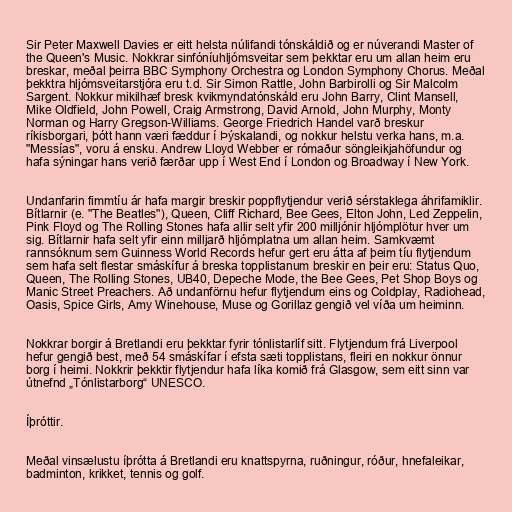
Sir Peter Maxwell Davies er eitt helsta núlifandi tónskáldið og er núverandi Master of
the Queen's Music. Nokkrar sinfóníuhljómsveitar sem þekktar eru um allan heim eru
breskar, meðal þeirra BBC Symphony Orchestra og London Symphony Chorus. Meðal
þekktra hljómsveitarstjóra eru t.d. Sir Simon Rattle, John Barbirolli og Sir Malcolm
Sargent. Nokkur mikilhæf bresk kvikmyndatónskáld eru John Barry, Clint Mansell,
Mike Oldfield, John Powell, Craig Armstrong, David Arnold, John Murphy, Monty
Norman og Harry Gregson-Williams. George Friedrich Handel varð breskur
ríkisborgari, þótt hann væri fæddur í Þýskalandi, og nokkur helstu verka hans, m.a.
"Messías", voru á ensku. Andrew Lloyd Webber er rómaður söngleikjahöfundur og
hafa sýningar hans verið færðar upp í West End í London og Broadway í New York.

Undanfarin fimmtíu ár hafa margir breskir poppflytjendur verið sérstaklega áhrifamiklir.
Bítlarnir (e. "The Beatles"), Queen, Cliff Richard, Bee Gees, Elton John, Led Zeppelin,
Pink Floyd og The Rolling Stones hafa allir selt yfir 200 milljónir hljómplötur hver um
sig. Bítlarnir hafa selt yfir einn milljarð hljómplatna um allan heim. Samkvæmt
rannsóknum sem Guinness World Records hefur gert eru átta af þeim tíu flytjendum
sem hafa selt flestar smáskífur á breska topplistanum breskir en þeir eru: Status Quo,
Queen, The Rolling Stones, UB40, Depeche Mode, the Bee Gees, Pet Shop Boys og
Manic Street Preachers. Að undanförnu hefur flytjendum eins og Coldplay, Radiohead,
Oasis, Spice Girls, Amy Winehouse, Muse og Gorillaz gengið vel víða um heiminn.

Nokkrar borgir á Bretlandi eru þekktar fyrir tónlistarlíf sitt. Flytjendum frá Liverpool
hefur gengið best, með 54 smáskífar í efsta sæti topplistans, fleiri en nokkur önnur
borg í heimi. Nokkrir þekktir flytjendur hafa líka komið frá Glasgow, sem eitt sinn var
útnefnd „Tónlistarborg“ UNESCO.

Íþróttir.

Meðal vinsælustu íþrótta á Bretlandi eru knattspyrna, ruðningur, róður, hnefaleikar,
badminton, krikket, tennis og golf.